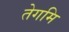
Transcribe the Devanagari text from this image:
तेगमि